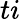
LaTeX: ti